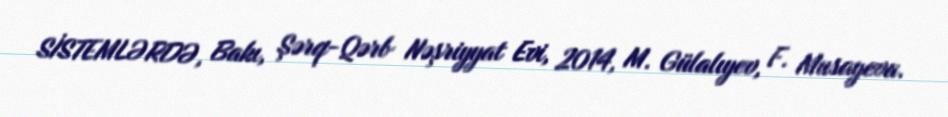
SİSTEMLƏRDƏ, Bakı, Şərq-Qərb Nəşriyyat Evi, 2014, M. Gülalıyev, F. Musayeva.